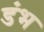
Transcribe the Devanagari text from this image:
डंभ